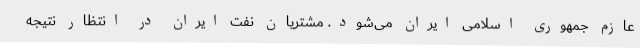
عازم جمهوری اسلامی ایران می‌شود. مشتریان نفت ایران در انتظار نتیجه